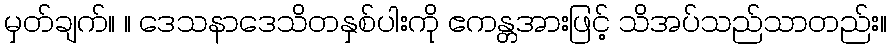
မှတ်ချက်။ ။ ဒေသနာဒေသိတနှစ်ပါးကို ဧကန္တအားဖြင့် သိအပ်သည်သာတည်း။